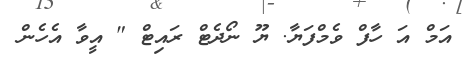
އަމް އަ ހާފް ވެމްފަޔާ. ޔޫ ނޯދެޓް ރައިޓް " އީވާ އެހެން